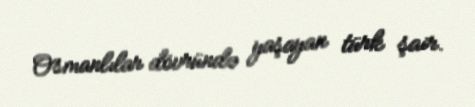
Osmanlılar dövründə yaşayan türk şair.